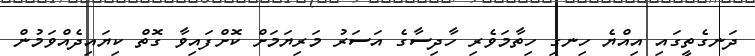
ދަނގެތީގައި އިއްޔެ ހިނގި ހިތާމަވެރި ހާދިސާގެ އަސަރު މަރިޔަމަށް ކޮށްފައިވާ ގޮތް ކިޔައިދެއްވަމުން